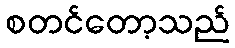
စတင်တော့သည်